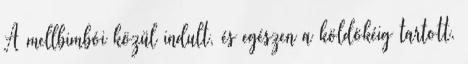
A mellbimbói közül indult, és egészen a köldökéig tartott.